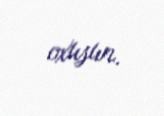
oxusun.